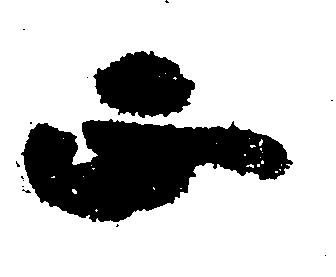
正